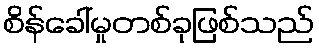
စိန်ခေါ်မှုတစ်ခုဖြစ်သည်